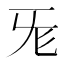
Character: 𣄭